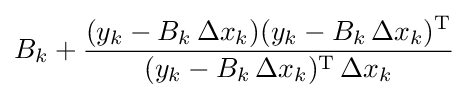
B_{k}+{\frac {(y_{k}-B_{k}\,\Delta x_{k})(y_{k}-B_{k}\,\Delta x_{k})^{\mathrm {T} }}{(y_{k}-B_{k}\,\Delta x_{k})^{\mathrm {T} }\,\Delta x_{k}}}